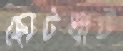
ছোটখাট